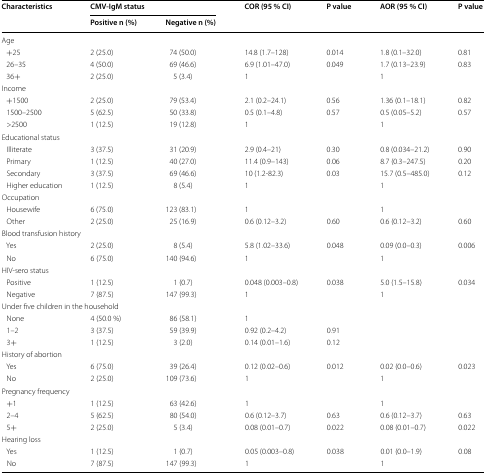
<table><thead><tr><td rowspan="2"><b>Characteristics</b></td><td colspan="2"><b>CMV-IgM status</b></td><td rowspan="2"><b>COR (95 % CI)</b></td><td rowspan="2"><b>P value</b></td><td rowspan="2"><b>AOR (95 % CI)</b></td><td rowspan="2"><b>P value</b></td></tr><tr><td><b>Positive n (%)</b></td><td><b>Negative n (%)</b></td></tr></thead><tbody><tr><td colspan="7">Age</td></tr><tr><td> +25</td><td>2 (25.0)</td><td>74 (50.0)</td><td>14.8 (1.7–128)</td><td>0.014</td><td>1.8 (0.1–32.0)</td><td>0.81</td></tr><tr><td> 26–35</td><td>4 (50.0)</td><td>69 (46.6)</td><td>6.9 (1.01–47.0)</td><td>0.049</td><td>1.7 (0.13–23.9)</td><td>0.83</td></tr><tr><td> 36+</td><td>2 (25.0)</td><td>5 (3.4)</td><td>1</td><td></td><td>1</td><td></td></tr><tr><td colspan="7">Income</td></tr><tr><td> +1500</td><td>2 (25.0)</td><td>79 (53.4)</td><td>2.1 (0.2–24.1)</td><td>0.56</td><td>1.36 (0.1–18.1)</td><td>0.82</td></tr><tr><td> 1500–2500</td><td>5 (62.5)</td><td>50 (33.8)</td><td>0.5 (0.1–4.8)</td><td>0.57</td><td>0.5 (0.05–5.2)</td><td>0.57</td></tr><tr><td> &gt;2500</td><td>1 (12.5)</td><td>19 (12.8)</td><td>1</td><td></td><td>1</td><td></td></tr><tr><td colspan="7">Educational status</td></tr><tr><td> Illiterate</td><td>3 (37.5)</td><td>31 (20.9)</td><td>2.9 (0.4–21)</td><td>0.30</td><td>0.8 (0.034–21.2)</td><td>0.90</td></tr><tr><td> Primary</td><td>1 (12.5)</td><td>40 (27.0)</td><td>11.4 (0.9–143)</td><td>0.06</td><td>8.7 (0.3–247.5)</td><td>0.20</td></tr><tr><td> Secondary</td><td>3 (37.5)</td><td>69 (46.6)</td><td>10 (1.2-82.3)</td><td>0.03</td><td>15.7 (0.5–485.0)</td><td>0.12</td></tr><tr><td> Higher education</td><td>1 (12.5)</td><td>8 (5.4)</td><td>1</td><td></td><td>1</td><td></td></tr><tr><td colspan="7">Occupation</td></tr><tr><td> Housewife</td><td>6 (75.0)</td><td>123 (83.1)</td><td>1</td><td></td><td>1</td><td></td></tr><tr><td> Other</td><td>2 (25.0)</td><td>25 (16.9)</td><td>0.6 (0.12–3.2)</td><td>0.60</td><td>0.6 (0.12–3.2)</td><td>0.60</td></tr><tr><td colspan="7">Blood transfusion history</td></tr><tr><td> Yes</td><td>2 (25.0)</td><td>8 (5.4)</td><td>5.8 (1.02–33.6)</td><td>0.048</td><td>0.09 (0.0–0.3)</td><td>0.006</td></tr><tr><td> No</td><td>6 (75.0)</td><td>140 (94.6)</td><td>1</td><td></td><td>1</td><td></td></tr><tr><td colspan="7">HIV-sero status</td></tr><tr><td> Positive</td><td>1 (12.5)</td><td>1 (0.7)</td><td>0.048 (0.003–0.8)</td><td>0.038</td><td>5.0 (1.5–15.8)</td><td>0.034</td></tr><tr><td> Negative</td><td>7 (87.5)</td><td>147 (99.3)</td><td>1</td><td></td><td>1</td><td></td></tr><tr><td colspan="7">Under five children in the household</td></tr><tr><td> None</td><td>4 (50.0 %)</td><td>86 (58.1)</td><td>1</td><td></td><td></td><td></td></tr><tr><td> 1–2</td><td>3 (37.5)</td><td>59 (39.9)</td><td>0.92 (0.2–4.2)</td><td>0.91</td><td></td><td></td></tr><tr><td> 3+</td><td>1 (12.5)</td><td>3 (2.0)</td><td>0.14 (0.01–1.6)</td><td>0.12</td><td></td><td></td></tr><tr><td colspan="7">History of abortion</td></tr><tr><td> Yes</td><td>6 (75.0)</td><td>39 (26.4)</td><td>0.12 (0.02–0.6)</td><td>0.012</td><td>0.02 (0.0–0.6)</td><td>0.023</td></tr><tr><td> No</td><td>2 (25.0)</td><td>109 (73.6)</td><td>1</td><td></td><td>1</td><td></td></tr><tr><td colspan="7">Pregnancy frequency</td></tr><tr><td> +1</td><td>1 (12.5)</td><td>63 (42.6)</td><td>1</td><td></td><td>1</td><td></td></tr><tr><td> 2–4</td><td>5 (62.5)</td><td>80 (54.0)</td><td>0.6 (0.12–3.7)</td><td>0.63</td><td>0.6 (0.12–3.7)</td><td>0.63</td></tr><tr><td> 5+</td><td>2 (25.0)</td><td>5 (3.4)</td><td>0.08 (0.01–0.7)</td><td>0.022</td><td>0.08 (0.01–0.7)</td><td>0.022</td></tr><tr><td colspan="7">Hearing loss</td></tr><tr><td> Yes</td><td>1 (12.5)</td><td>1 (0.7)</td><td>0.05 (0.003–0.8)</td><td>0.038</td><td>0.01 (0.0–1.9)</td><td>0.08</td></tr><tr><td> No</td><td>7 (87.5)</td><td>147 (99.3)</td><td>1</td><td></td><td>1</td><td></td></tr></tbody></table>